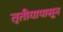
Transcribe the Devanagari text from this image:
तृतीयापासून